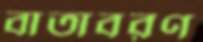
বাতাবরণ